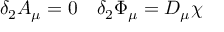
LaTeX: \delta _ { 2 } A _ { \mu } = 0 \quad \delta _ { 2 } \Phi _ { \mu } = D _ { \mu } \chi